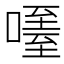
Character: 𠽧